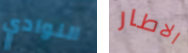
النوادي الاطار